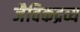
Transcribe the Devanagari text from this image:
जैविकद्रव्य